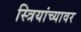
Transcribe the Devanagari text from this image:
स्त्रियांच्यावर